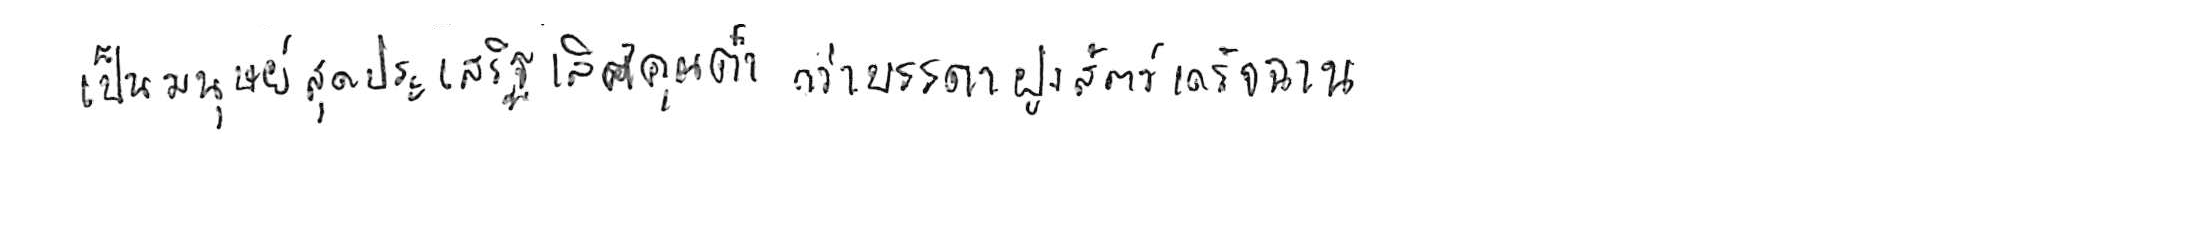
เป็นมนุษย์สุดประเสริฐเลิศคุณค่า กว่าบรรดาฝูงสัตว์เดรัจฉาน